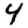
Digit: 4